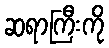
ဆရာကြီးကို